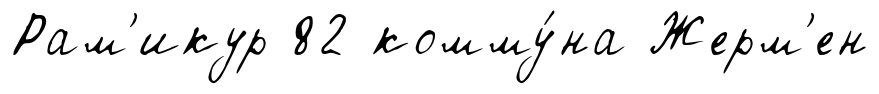
Рам'икур 82 комму́на Жерм'ен